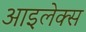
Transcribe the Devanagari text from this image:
आइलेक्स